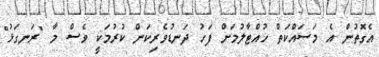
އެގޮތުން އެ މަސައްކަތް ހުއްޓާލުމަށް ފަހު ދަނޑުވެރިކަން ކުރުމަކީ ވެސް މާ "ރަނގަޅު"